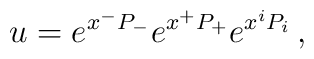
u = e^{x^{-}P_{-}}e^{x^{+}P_{+}}e^{x^{i}P_{i}}\, ,